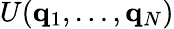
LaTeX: U(\mathbf{q}_{1},\dots,\mathbf{q}_{N})